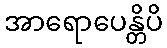
အာရောပေန္တိပိ